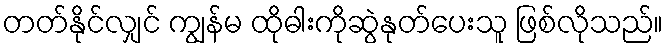
တတ်နိုင်လျှင် ကျွန်မ ထိုဓါးကိုဆွဲနုတ်ပေးသူ ဖြစ်လိုသည်။